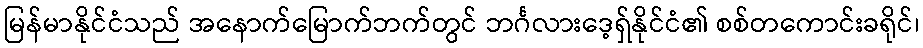
မြန်မာနိုင်ငံသည် အနောက်မြောက်ဘက်တွင် ဘင်္ဂလားဒေ့ရှ်နိုင်ငံ၏ စစ်တကောင်းခရိုင်၊